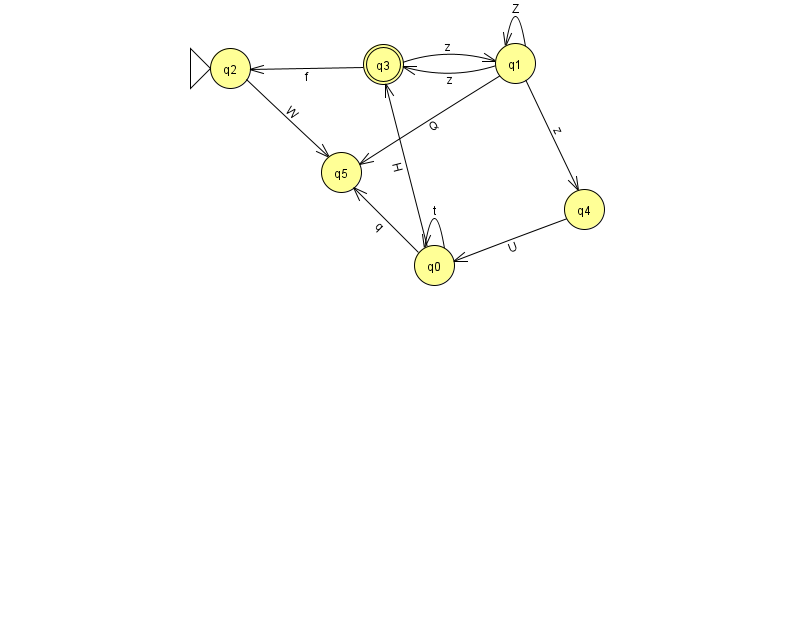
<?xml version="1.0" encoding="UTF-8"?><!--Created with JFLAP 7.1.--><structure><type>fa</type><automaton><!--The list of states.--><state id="0" name="q0"><x>434.0</x><y>252.0</y></state><state id="1" name="q1"><x>515.0</x><y>50.0</y></state><state id="2" name="q2"><x>230.0</x><y>55.0</y><initial/></state><state id="3" name="q3"><x>383.0</x><y>51.0</y><final/></state><state id="4" name="q4"><x>584.0</x><y>196.0</y></state><state id="5" name="q5"><x>341.0</x><y>159.0</y></state><!--The list of transitions.--><transition><from>0</from><to>5</to><read>q</read></transition><transition><from>0</from><to>0</to><read>t</read></transition><transition><from>1</from><to>4</to><read>z</read></transition><transition><from>1</from><to>5</to><read>Q</read></transition><transition><from>1</from><to>3</to><read>z</read></transition><transition><from>3</from><to>1</to><read>z</read></transition><transition><from>1</from><to>1</to><read>Z</read></transition><transition><from>2</from><to>5</to><read>W</read></transition><transition><from>3</from><to>2</to><read>f</read></transition><transition><from>0</from><to>3</to><read>H</read></transition><transition><from>4</from><to>0</to><read>U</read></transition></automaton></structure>